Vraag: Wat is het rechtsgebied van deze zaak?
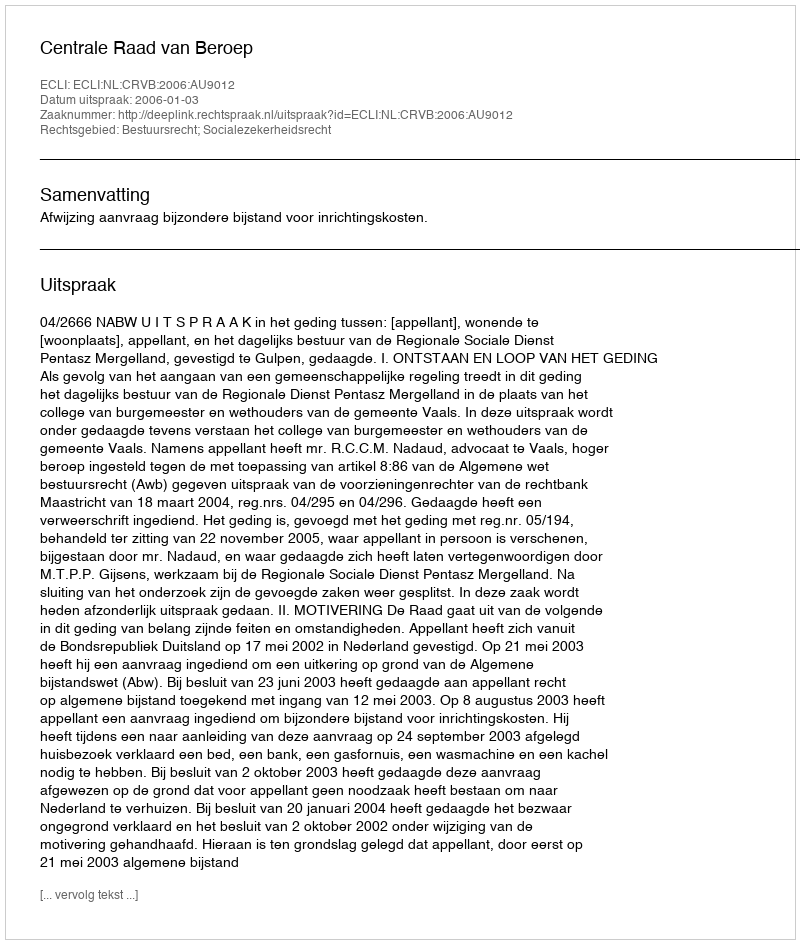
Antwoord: Bestuursrecht; Socialezekerheidsrecht